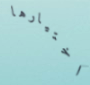
اختيارها